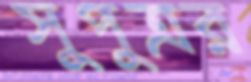
সুপুত্রর